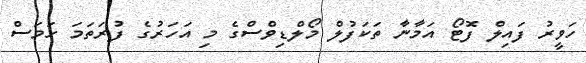
ހަވީރު ފައިލް ފޮޓޯ އަމާނާ ތަކަފުލް މޯލްޑިވްސްގެ މި އަހަރުގެ ފުރަތަމަ ހަމަސް